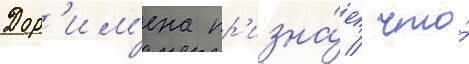
Дор'им'ена пр'изна́ет / что́